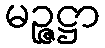
မဉ္ဇဋ္ဌာ